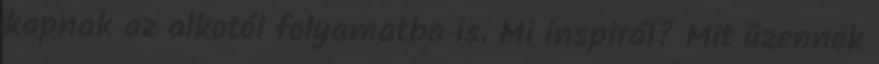
kapnak az alkotói folyamatba is. Mi inspirál? Mit üzennek